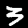
Digit: 3